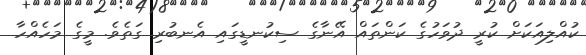
ކުއްލިއަކަށް ކުރީ ދުވަހުގެ ކަންތައް އޭނާގެ ސިކުނޑީގައި އެނބުރި ގަތެވެ. މީގެ މަހެއްހާ